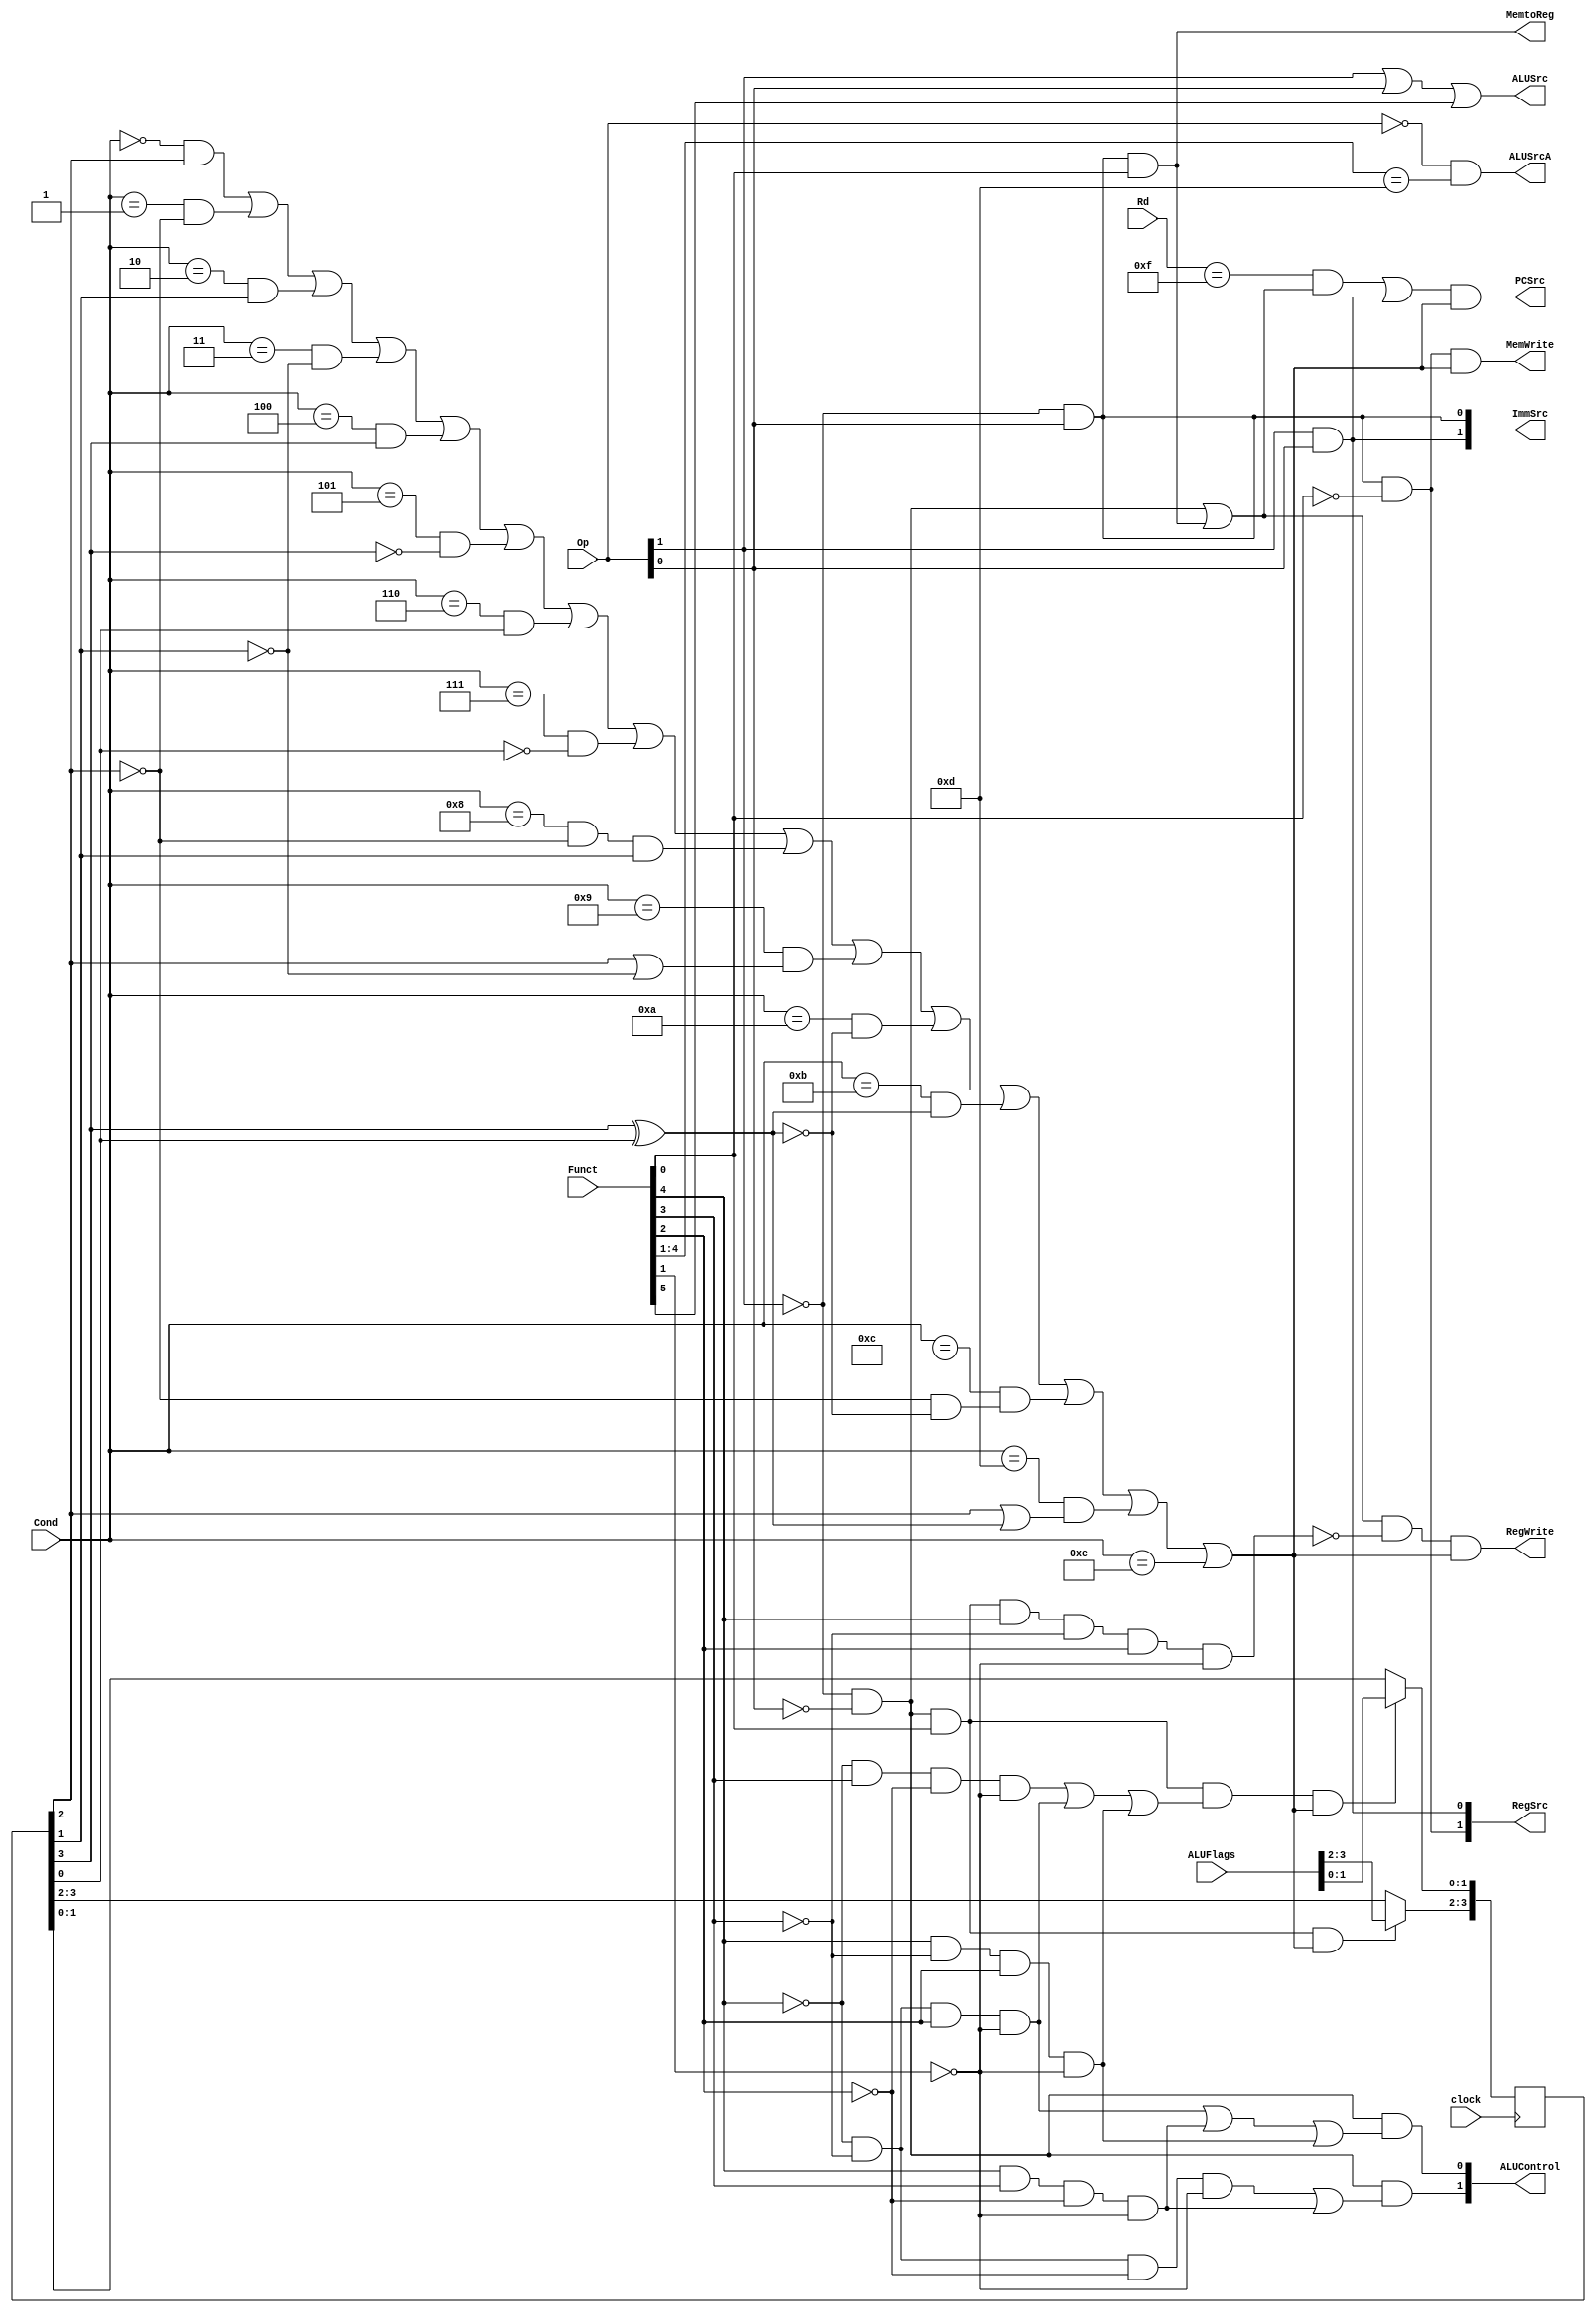
module controller_sc (
	clock, Cond, ALUFlags, Op, Funct, Rd, PCSrc, RegWrite, MemWrite, MemtoReg, ALUSrc, 
	ImmSrc, RegSrc, ALUControl, ALUSrcA
);

	input clock;
	input [3:0] Cond, ALUFlags, Rd;
	input [1:0] Op;
	input [5:0] Funct;
	output PCSrc, RegWrite, MemWrite, MemtoReg, ALUSrc, ALUSrcA;
	output [1:0] ImmSrc, RegSrc, ALUControl;
	
	wire [1:0] FlagW, FlagWrite;
	wire PCS, RegW, MemW, Branch, ALUOp, NoWrite, CondEx;
	reg [3:0] Flags;
	
	//Main Decoder
	assign Branch = Op[1] & Op[0];
	assign MemtoReg = ~Op[1] & Op[0] & Funct[0];
	assign MemW = ~Op[1] & Op[0] & ~Funct[0];
	assign ALUSrc = Op[1] | Op[0] | Funct[5];
	assign ALUSrcA = (Op == 2'b00) & (Funct[4:1] == 4'b1101);
	assign ImmSrc[1] = Op[1] & Op[0];
	assign ImmSrc[0] = ~Op[1] & Op[0];
	assign RegW = (~Op[1] & ~Op[0]) | (~Op[1] & Op[0] & Funct[0]);
	assign RegSrc[1] = ~Op[1] & Op[0] & ~Funct[0];
	assign RegSrc[0] = Op[1] & Op[0];
	assign ALUOp = ~Op[1] & ~Op[0];
	
	//ALU Decoder
	assign ALUControl[1] = ALUOp & ((~Funct[4] & ~Funct[3] & ~Funct[2] & ~Funct[1])|(Funct[4] & Funct[3] & ~Funct[2] & ~Funct[1]));
	assign ALUControl[0] = ALUOp & ((~Funct[4] & ~Funct[3] & Funct[2] & ~Funct[1])|(Funct[4] & Funct[3] & ~Funct[2] & ~Funct[1])|(Funct[4] & ~Funct[3] & Funct[2] & ~Funct[1]));
	assign FlagW[1] = ALUOp & Funct[0];
	assign FlagW[0] = ALUOp & Funct[0] & ((~Funct[4] & Funct[3] & ~Funct[2] & ~Funct[1])|(~Funct[4] & ~Funct[3] & Funct[2] & ~Funct[1])|(Funct[4] & ~Funct[3] & Funct[2] & ~Funct[1]));
	assign NoWrite = ALUOp & Funct[0] & Funct[4] & ~Funct[3] & Funct[2] & ~Funct[1];
	
	//PC Logic
	assign PCS = ((Rd == 15) & RegW) | Branch;
	
	//Conditional Logic
	assign CondEx =((Cond == 4'b0000)&Flags[2])|((Cond == 4'b0001)&~Flags[2])|
	((Cond == 4'b0010)&Flags[1])|((Cond == 4'b0011)&~Flags[1])|
	((Cond == 4'b0100)&Flags[3])|((Cond == 4'b0101)&~Flags[3])|
	((Cond == 4'b0110)&Flags[0])|((Cond == 4'b0111)&~Flags[0])|
	((Cond == 4'b1000)&~Flags[2]&Flags[1])|((Cond == 4'b1001)&(Flags[2]|
	~Flags[1]))|((Cond == 4'b1010)&~(Flags[3]^Flags[0]))|
	((Cond == 4'b1011)&(Flags[3]^Flags[0]))|
	((Cond == 4'b1100)&(~Flags[2]&~(Flags[3]^Flags[0])))|
	((Cond == 4'b1101)&(Flags[2]|(Flags[3]^Flags[0])))|(Cond==4'b1110);
	assign PCSrc = PCS & CondEx;
	assign RegWrite = RegW & ~NoWrite & CondEx;
	assign MemWrite = MemW & CondEx;
	assign FlagWrite[1] = FlagW[1] & CondEx;
	assign FlagWrite[0] = FlagW[0] & CondEx;
	
	always @(posedge clock) begin
		if(FlagWrite[1])
			Flags[3:2] <= ALUFlags[3:2];
		if(FlagWrite[0])
			Flags[1:0] <= ALUFlags[1:0];
	end
	
endmodule